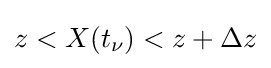
z<X(t_{\nu })<z+\Delta z